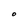
Character: O